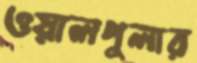
ওয়ালপুলার